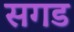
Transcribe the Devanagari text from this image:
सगड